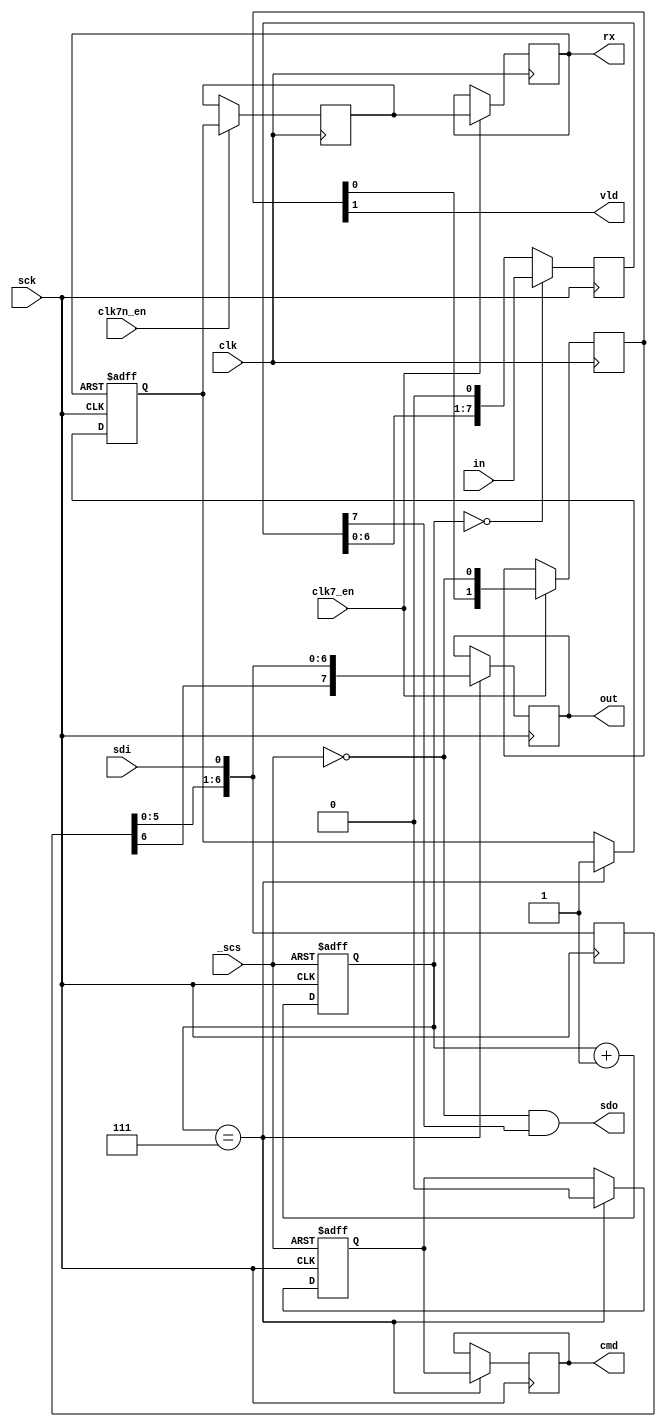
// -*- mode: verilog; mode: font-lock; indent-tabs-mode: nil -*-
// vi: set et ts=3 sw=3 sts=3:
//
// SPI interface module (8 bits)
// this is a slave module, clock is controlled by host
// clock is high when bus is idle
// ingoing data is sampled at the positive clock edge
// outgoing data is shifted/changed at the negative clock edge
// msb is sent first
//          ____   _   _   _   _
// sck    ->    |_| |_| |_| |_|
// data   ->     777 666 555 444
// sample ->      ^   ^   ^   ^
// strobe is asserted at the end of every byte and signals that new data must
// be registered at the out output. At the same time, new data is read from the in input.
// The data at input in is also sent as the first byte after _scs is asserted (without strobe!).

module userio_osd_spi
  (
   input  wire       clk,                // pixel clock
   input  wire       clk7_en,
   input  wire       clk7n_en,
   input  wire       _scs,               // SPI chip select
   input  wire       sdi,                // SPI data in
   output wire       sdo,                // SPI data out
   input  wire       sck,                // SPI clock
   input  wire [7:0] in,                 // parallel input data
   output reg  [7:0] out,                // parallel output data
   output reg        rx,                 // byte received
   output reg        cmd,                // first byte received
   output wire       vld                 // valid
   );

   //locals
   reg [2:0]         bit_cnt;              // bit counter
   reg [7:0]         sdi_reg;              // input shift register  (rising edge of SPI clock)
   reg [7:0]         sdo_reg;              // output shift register  (falling edge of SPI clock)
   reg               new_byte;             // new byte (8 bits) received
   reg               rx_sync;              // synchronization to clk (first stage)
   reg               first_byte;           // first byte is going to be received
   reg [1:0]         spi_valid_sync=2'b00; // spi valid synchronizers

   always @ (posedge clk)
     if (clk7_en) begin
        spi_valid_sync <= #1 {spi_valid_sync[0], ~_scs};
     end

   assign vld = spi_valid_sync[1];

   //------ input shift register ------
   always @(posedge sck)
     sdi_reg <= #1 {sdi_reg[6:0],sdi};

   always @(posedge sck)
     if (bit_cnt==7)
       out <= #1 {sdi_reg[6:0],sdi};

   //------ receive bit counter ------
   always @(posedge sck or posedge _scs)
     if (_scs)
       bit_cnt <= #1 0;                        // always clear bit counter when CS is not active
     else
       bit_cnt <= #1 bit_cnt + 3'd1;           // increment bit counter when new bit has been received

   //----- rx signal ------
   // this signal goes high for one clk clock period just after new byte has been received
   // it's synchronous with clk, output data shouldn't change when rx is active
   always @(posedge sck or posedge rx)
     if (rx)
       new_byte <= #1 0;                       // cleared asynchronously when rx is high (rx is synchronous with clk)
     else if (bit_cnt == 3'd7)
       new_byte <= #1 1;                       // set when last bit of a new byte has been just received

   always @(posedge clk)
     if (clk7n_en) begin
        rx_sync <= #1 new_byte;                // double synchronization to avoid metastability
     end

   always @(posedge clk)
     if (clk7_en) begin
        rx <= #1 rx_sync;                      // synchronous with clk
     end

   //------ cmd signal generation ------
   // this signal becomes active after reception of first byte
   // when any other byte is received it's deactivated indicating data bytes
   always @(posedge sck or posedge _scs)
     if (_scs)
       first_byte <= #1 1'b1;                  // set when CS is not active
     else if (bit_cnt == 3'd7)
       first_byte <= #1 1'b0;                  // cleared after reception of first byte

   always @(posedge sck)
     if (bit_cnt == 3'd7)
       cmd <= #1 first_byte;                   // active only when first byte received

   //------ serial data output register ------
   always @(negedge sck)                       // output change on falling SPI clock
     if (bit_cnt == 3'd0)
       sdo_reg <= #1 in;
     else
       sdo_reg <= #1 {sdo_reg[6:0],1'b0};

   //------ SPI output signal ------
   assign sdo = ~_scs & sdo_reg[7];            // force zero if SPI not selected

endmodule